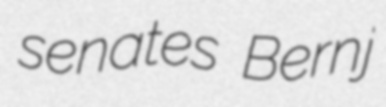
senates Bernj